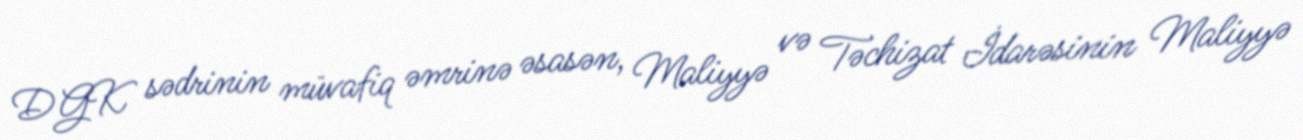
DGK sədrinin müvafiq əmrinə əsasən, Maliyyə və Təchizat İdarəsinin Maliyyə